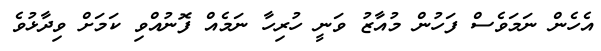
އެހެން ނަމަވެސް ފަހުން މުއާޒު ވަނީ ހުރިހާ ނަމެއް ފޮނުއްވި ކަމަށް ވިދާޅުވެ